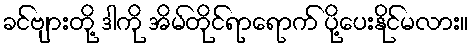
ခင်ဗျားတို့ ဒါကို အိမ်တိုင်ရာရောက် ပို့ပေးနိုင်မလား။